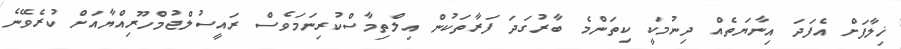
ޚިލާފަށް އެފަދަ އިނާޔަތެއް ދިނުމަކީ ކިތަންމެ ބާރުގަދަ ފަރާތަކުން އިލްތިމާސްކުރިނަމަވެސް ރައީސުލްޖުމްހޫރިއްޔާއަށް ކުރެވޭނެ